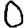
Digit: 0